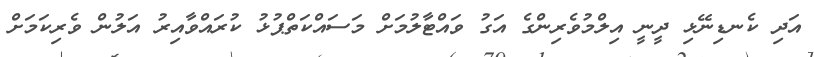
އަދި ކެނޑިނޭޅި ދީނީ އިލްމުވެރިންގެ އަގު ވައްްޓާލުމަށް މަސައްކަތްޕުޅު ކުރައްވާއިރު އަލުން ވެރިކަމަށް